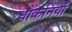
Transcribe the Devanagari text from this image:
धौकनियाँ